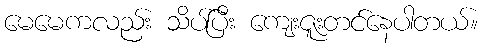
မေမေကလည်း သိပ်ပြီး ကျေးဇူးတင်နေပါတယ်။